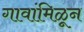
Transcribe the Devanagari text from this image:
गावांमिळून